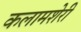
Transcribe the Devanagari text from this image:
कलामशेरी